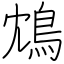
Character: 鴆